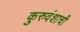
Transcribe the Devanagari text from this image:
कुरुवंशाची